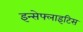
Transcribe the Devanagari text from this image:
इन्सेफ्लाइटिस